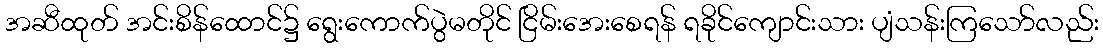
အဆီထုတ် အင်းစိန်ထောင်၌ ရွေးကောက်ပွဲမတိုင် ငြိမ်းအေးစေရန် ရခိုင်ကျောင်းသား ပျံသန်းကြသော်လည်း